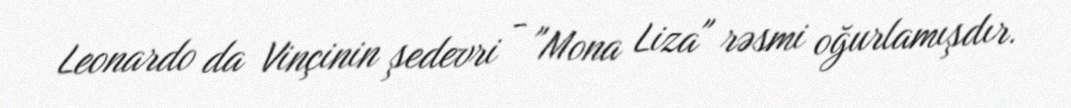
Leonardo da Vinçinin şedevri - "Mona Liza" rəsmi oğurlamışdır.